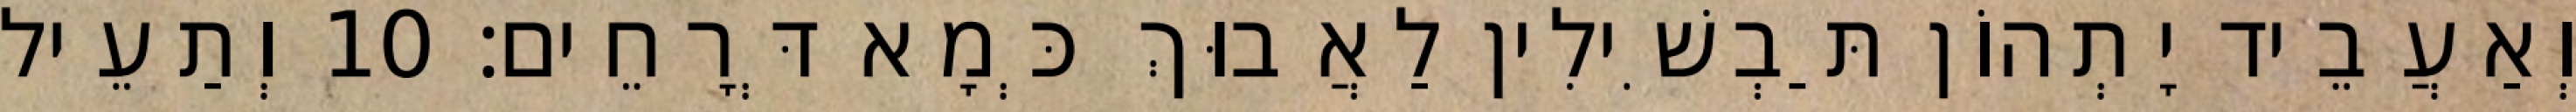
וְאַעֲבֵיד יָתְהוֹן תַּבְשִׁילִין לַאֲבוּךְ כְּמָא דְּרָחֵים׃ 10 וְתַעֵיל